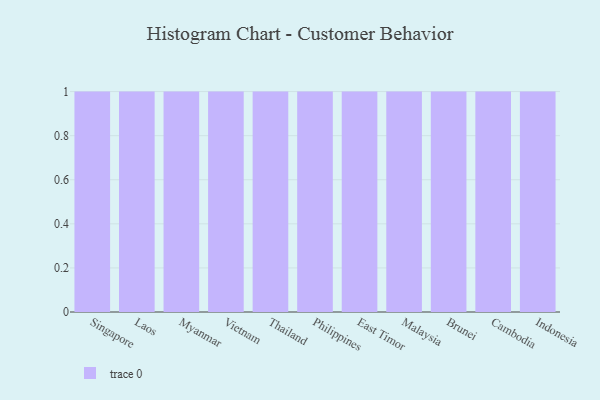
{"axis": {"x": "Country", "y": "Waste Production (Tons)"}, "legend": [""], "data": [{"x": "Singapore", "y": 33, "type": ""}, {"x": "Laos", "y": 58, "type": ""}, {"x": "Myanmar", "y": 57, "type": ""}, {"x": "Vietnam", "y": 32, "type": ""}, {"x": "Thailand", "y": 77, "type": ""}, {"x": "Philippines", "y": 63, "type": ""}, {"x": "East Timor", "y": 17, "type": ""}, {"x": "Malaysia", "y": 66, "type": ""}, {"x": "Brunei", "y": 66, "type": ""}, {"x": "Cambodia", "y": 9, "type": ""}, {"x": "Indonesia", "y": 31, "type": ""}]}